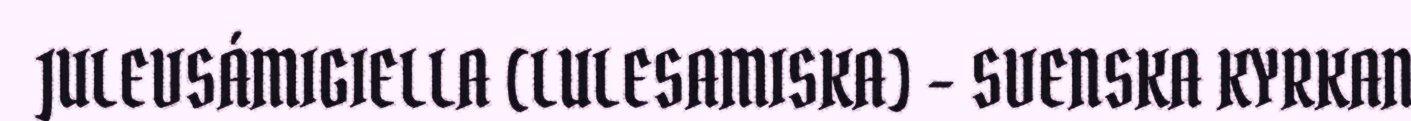
JULEVSÁMIGIELLA (LULESAMISKA) - SVENSKA KYRKAN